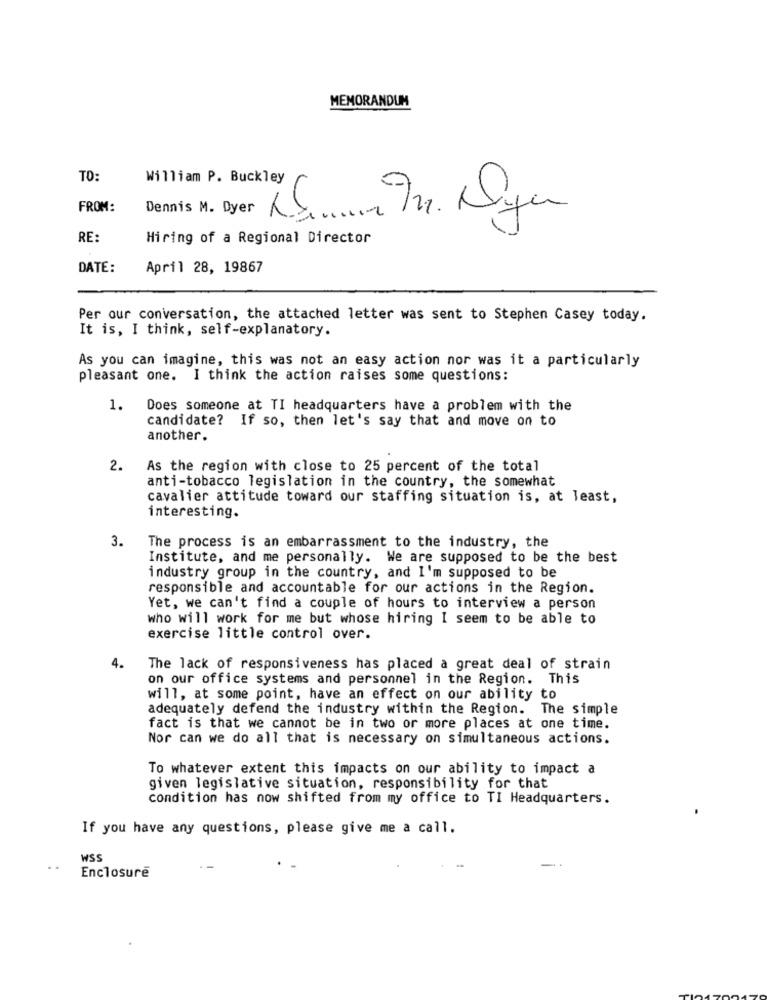
MEMORANDUM
TO:
William P. Buckley
FROM:
Dennis M. Dyer
RE:
Hiring of a Regional Director
DATE:
April 28, 19867
Per our conversation, the attached letter was sent to Stephen Casey today.
It is, I think, self-explanatory.
As you can imagine, this was not an easy action nor was it a particularly
pleasant one. I think the action raises some questions:
1.
Does someone at TI headquarters have a problem with the
candidate? If so, then let's say that and move on to
another.
2.
As the region with close to 25 percent of the total
anti-tobacco legislation in the country, the somewhat
cavalier attitude toward our staffing situation is, at least,
interesting.
3.
The process is an embarrassment to the industry, the
Institute, and me personally. We are supposed to be the best
industry group in the country, and I'm supposed to be
responsible and accountable for our actions in the Region.
Yet, we can't find a couple of hours to interview a person
who will work for me but whose hiring I seem to be able to
exercise little control over.
4.
The lack of responsiveness has placed a great deal of strain
on our office systems and personnel in the Region. This
will, at some point, have an effect on our ability to
adequately defend the industry within the Region. The simple
fact is that we cannot be in two or more places at one time.
Nor can we do all that is necessary on simultaneous actions.
To whatever extent this impacts on our ability to impact a
given legislative situation, responsibility for that
condition has now shifted from my office to TI Headquarters.
If you have any questions, please give me a call.
WSS
Enclosure